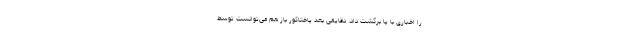
را اخباری با پا برگشت داد. دقایقی بعد پاختاکور باز هم می‌توانست توسط